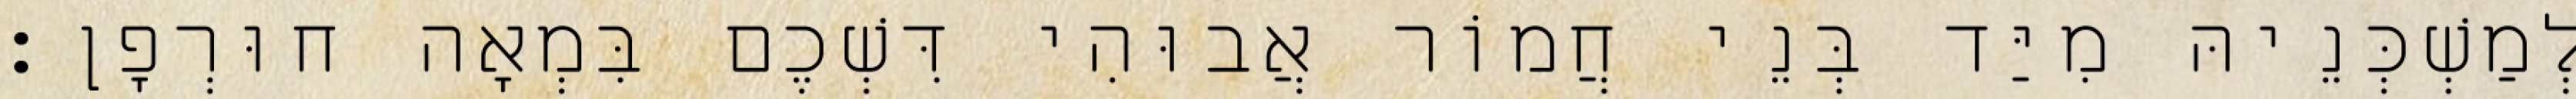
לְמַשְׁכְּנֵיהּ מִיַּד בְּנֵי חֲמוֹר אֲבוּהִי דִּשְׁכֶם בִּמְאָה חוּרְפָן׃